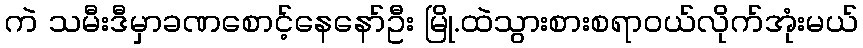
ကဲ သမီးဒီမှာခဏစောင့်နေနော်ဦး မြို.ထဲသွားစားစရာဝယ်လိုက်အုံးမယ်